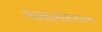
માણામોરાગામના